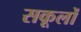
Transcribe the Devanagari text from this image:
सकूलों